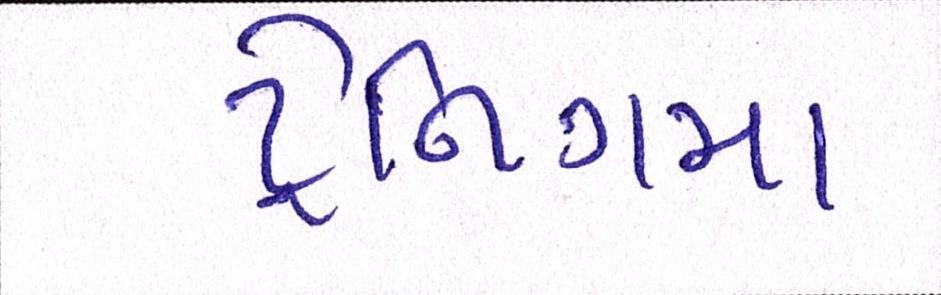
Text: ટ્રેનિગમા